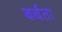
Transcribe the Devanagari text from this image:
बर्बता